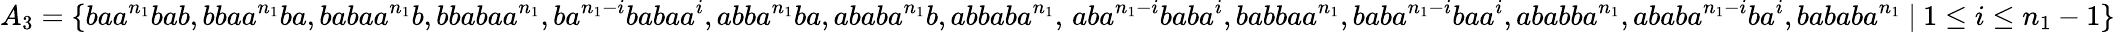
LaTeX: A_{3}=\{ baa^{n_{1}}bab,bbaa^{n_{1}}ba,babaa^{n_{1}}b,bbabaa^{n_{1}},ba^{n_{1}-i}babaa^{i},abba^{n_{1}}ba,ababa^{n_{1}}b,abbaba^{n_{1}},\, aba^{n_{1}-i}baba^{i},babbaa^{n_{1}},baba^{n_{1}-i}baa^{i},ababba^{n_{1}},ababa^{n_{1}-i}ba^{i},bababa^{n_{1}}~|~1\leq i\leq n_{1}-1\}